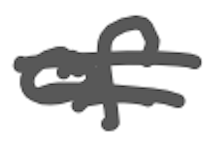
Text: of
Cross-out: double-line
Writing tool: digital_gray